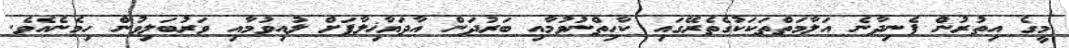
މީގެ އިތުރުން ފެނިދާނެ އަލާމަތްތަކަކުގެތެރޭގައި ކާހިތްނުވުމާއި ބަރުދަން އާދަޔާޚިލާފަށް ލުއިވުމާއި ވަރުބަލިވުން ހިމެނެއެވެ.